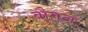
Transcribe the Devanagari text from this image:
बौतल